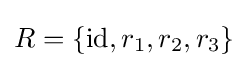
R=\{\mathrm {id} ,r_{1},r_{2},r_{3}\}